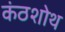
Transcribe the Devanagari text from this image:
कंठशोथ